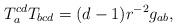
LaTeX: \begin{align*}T_a^{cd}T_{bcd}=(d-1)r^{-2}g_{ab}, \end{align*}